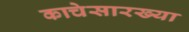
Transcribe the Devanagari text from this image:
काचेसारख्या